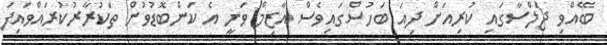
ބޭއްވި ޖަލްސާގައި ކުރިއަށް ދިއަ ބަހުސްގައިވެސް އާޒިމް ވަނީ އެ ކަންބޮޑުވުން ތަކުރާރުކުރައްވައިފަ